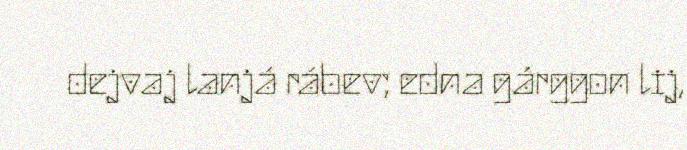
dejvaj lanjá rábev; edna gárggon lij,